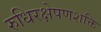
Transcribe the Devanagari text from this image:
रुधिरक्षेपणशक्ति